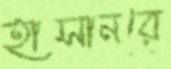
হাসানরে